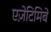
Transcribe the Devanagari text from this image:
एज़ेटिमिबे